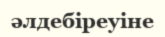
әлдебіреуіне